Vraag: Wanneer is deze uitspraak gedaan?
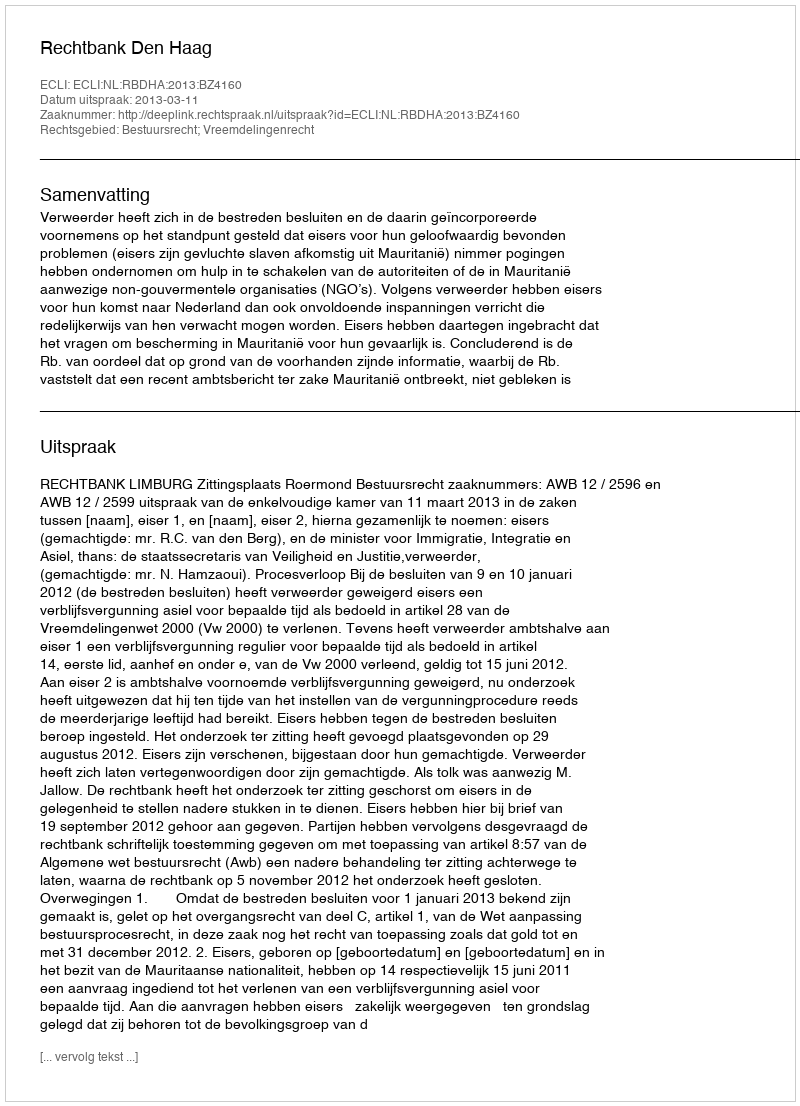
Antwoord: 2013-03-11